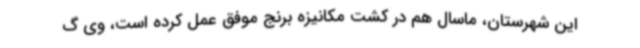
این شهرستان، ماسال هم در کشت مکانیزه برنج موفق عمل کرده است، وی گ